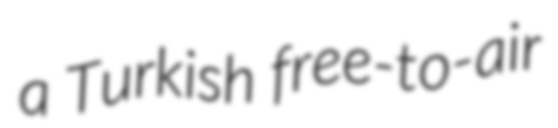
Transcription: a Turkish free-to-air